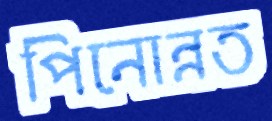
পিনোন্নত